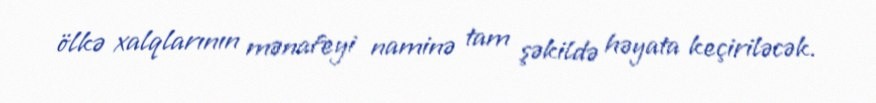
ölkə xalqlarının mənafeyi naminə tam şəkildə həyata keçiriləcək.